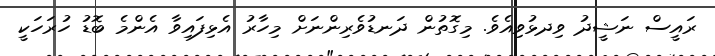
ރައީސް ނަޝީދު ވިދޅުވިއެވެ. މިގޮތުން ދަނޑުވެރިންނަށް މިހާރު އެޅިފައިވާ އެންމެ ބޮޑު ހުރަހަކީ